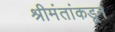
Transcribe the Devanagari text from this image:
श्रीमंतांकडून